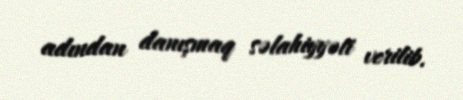
adından danışmaq səlahiyyəti verilib.